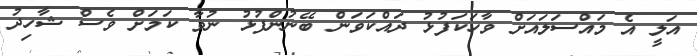
އަލީ އެ މައްސަލައަށް ވާހަކަފުޅު ދައްކަވަން ބޭނުންފުޅު ނުވާ ކަމަށް ވެސް ޝާހިދު